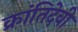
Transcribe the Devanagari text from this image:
क्रांतिदेवी